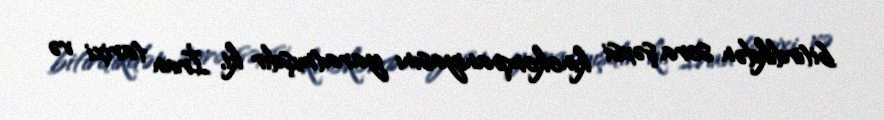
bitirdikdən sora şəxsi kinokompaniyasını yaratmışdır ki, İran tarixi və